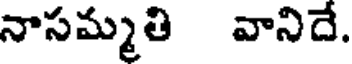
నాసమ్మతి వానిదే.